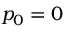
p _ { 0 } = 0